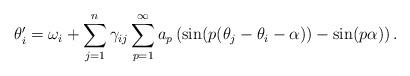
LaTeX: \begin{align*} \theta_i' = \omega_i + \sum_{j=1}^n \gamma_{ij} \sum_{p=1}^\infty a_p \left(\sin(p(\theta_j - \theta_i - \alpha)) - \sin(p\alpha)\right).\end{align*}